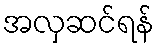
အလှဆင်ရန်